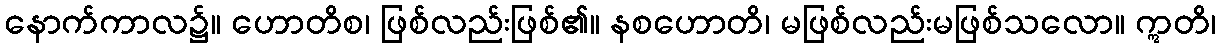
နောက်ကာလ၌။ ဟောတိစ၊ ဖြစ်လည်းဖြစ်၏။ နစဟောတိ၊ မဖြစ်လည်းမဖြစ်သလော။ ဣတိ၊